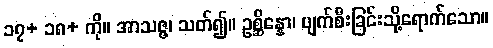
၁၇+ ၁၈+ ကို။ အာသဇ္ဇ၊ သတ်၍။ ဥစ္ဆိန္နော၊ ပျက်စီးခြင်းသို့ရောက်သော။